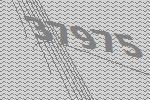
37975